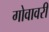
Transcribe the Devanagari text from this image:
गोवावरी